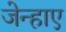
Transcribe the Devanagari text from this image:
जेन्हाए